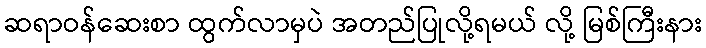
ဆရာဝန်ဆေးစာ ထွက်လာမှပဲ အတည်ပြုလို့ရမယ် လို့ မြစ်ကြီးနား